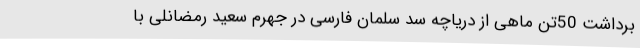
برداشت 50تن ماهی از دریاچه سد سلمان فارسی در جهرم سعید رمضانلی با